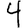
Digit: 4